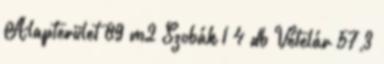
Alapterület 89 m2 Szobák 1 4 db Vételár 57,3